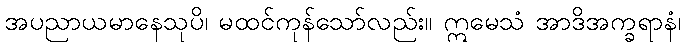
အပညာယမာနေသုပိ၊ မထင်ကုန်သော်လည်း။ ဣမေသံ အာဒိအက္ခရာနံ၊